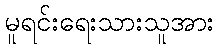
မူရင်းရေးသားသူအား